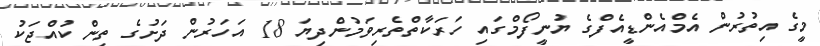
މީގެ އިތުރުން އެމްއެންޑީއެފްގެ ޔުނީފޯމްގައި ހަރަކާތްތެރިވަމުންދިޔަ 18 އަހަރުން ދަށުގެ ތިން ކުއްޖަކު